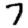
Digit: 7